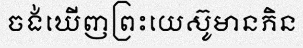
ចង់ឃើញព្រះយេស៊ូមានភិន